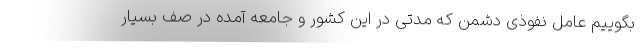
بگوییم عامل نفوذی دشمن که مدتی در این کشور و جامعه آمده در صف بسیار